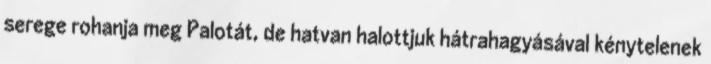
serege rohanja meg Palotát, de hatvan halottjuk hátrahagyásával kénytelenek